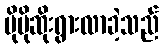
ပိုမိုဆိုးရွားလာခဲ့သည်